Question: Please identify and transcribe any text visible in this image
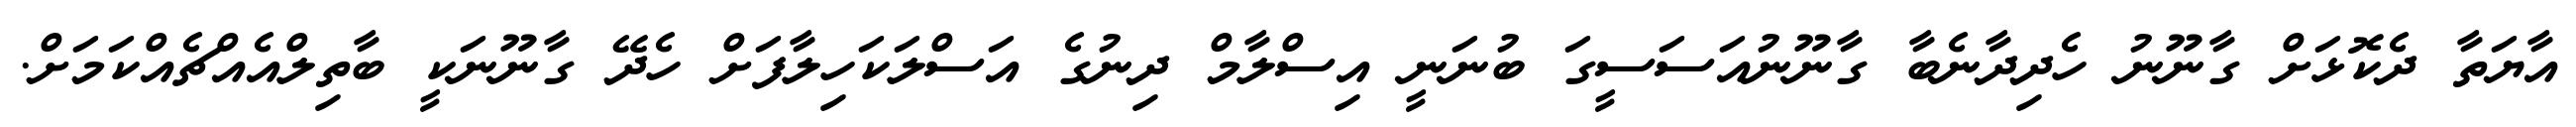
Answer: އާޔަތާ ދެކޮޅަށް ގާނޫނު ހެދިދާނެބާ ގާނޫނުއަސަސީގަ ބުނަނީ އިސްލާމް ދިނުގެ އަސްލަކަހިލާފަށް ހެދޭ ގާނޫނަކީ ބާތިލްއެއްޗެއްކަމަށް.